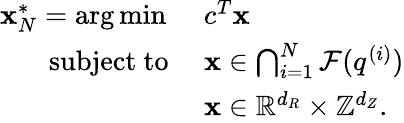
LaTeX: \begin{array}{rl}{{\mathbf{x}}_{N}^{*}=\arg\operatorname*{min}\, \, }&{c^{T}{\mathbf{x}}}\\ {\mathrm{subject~to~}}&{{\mathbf{x}}\in\bigcap_{i=1}^{N}\mathcal{F}(q^{(i)})}\\ &{{\mathbf{x}}\in{\mathbb{R}}^{d_{R}}\times{\mathbb{Z}}^{d_{Z}}.}\end{array}